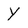
Character: Y